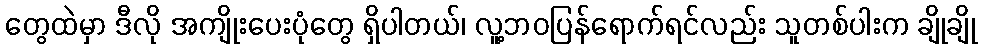
တွေထဲမှာ ဒီလို အကျိုးပေးပုံတွေ ရှိပါတယ်၊ လူ့ဘဝပြန်ရောက်ရင်လည်း သူတစ်ပါးက ချိုချို